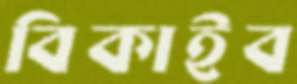
বিকাইব